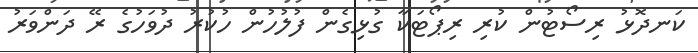
ކަނދޮޅު ރިސޯޓުން ކުރި ރިޕޯޓަކާ ގުޅިގެން ފުލުހުން ހުކުރު ދުވަހުގެ ރޭ ދަންވަރު